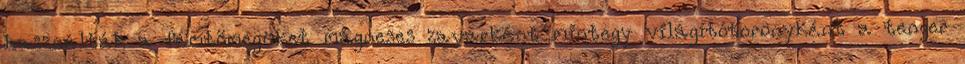
használták a fémtömegüket mágneses zavarként mintegy világítótoronyként a tenger